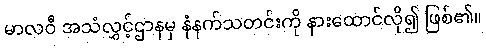
မာလဝီ အသံလွှင့်ဌာနမှ နံနက်သတင်းကို နားထောင်လို၍ ဖြစ်၏။